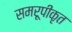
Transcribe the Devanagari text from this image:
समरूपीकृत